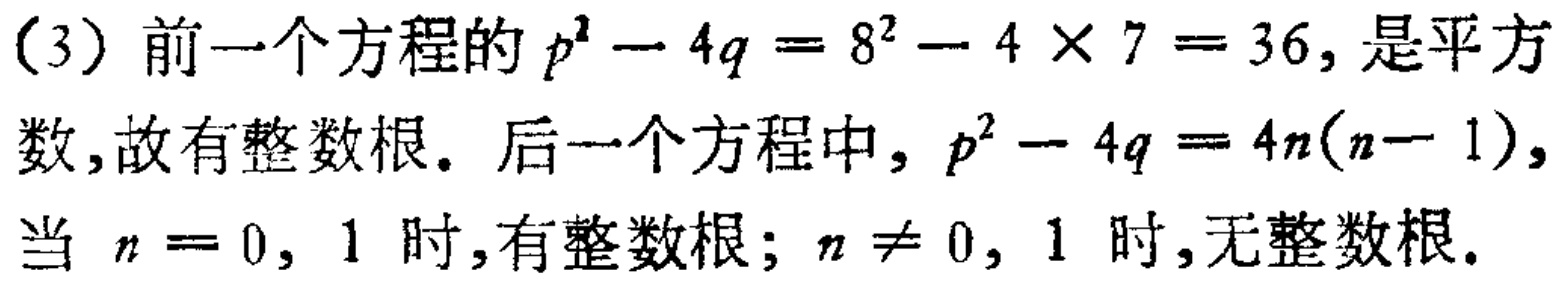
（3）前一个方程的\(p^{2}-4q = 8^{2}-4\times7 = 36\)，是平方数,故有整数根。后一个方程中，\(p^{2}-4q = 4n(n - 1)\)，当 \(n = 0, 1\) 时,有整数根；\(n\neq 0, 1\) 时,无整数根。